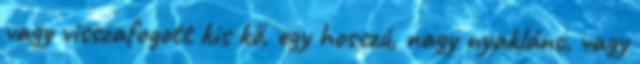
vagy visszafogott kis kő, egy hosszú, nagy nyaklánc, vagy